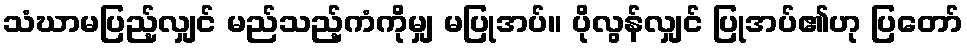
သံဃာမပြည့်လျှင် မည်သည့်ကံကိုမျှ မပြုအပ်။ ပိုလွန်လျှင် ပြုအပ်၏ဟု ပြတော်